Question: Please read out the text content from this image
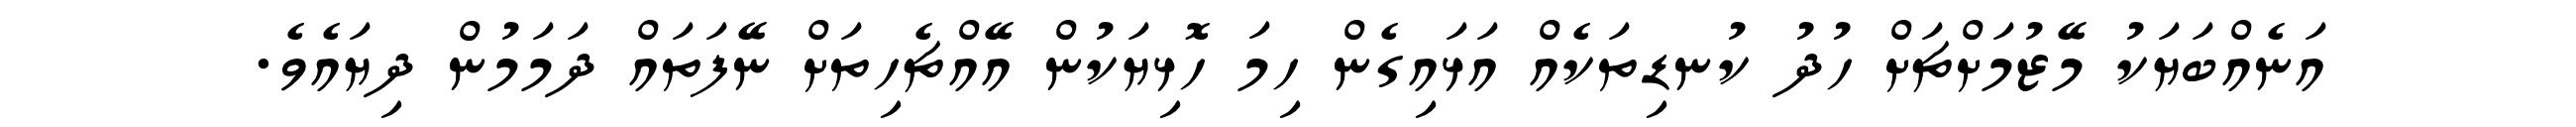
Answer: އަނެއްބަޔަކު މޭޒުމަށްޗަށް ހުދު ކުނޑިތަކެއް އަޅައިގެން ހިމަ ހޮޅިޔަކުން އޭއްޗެހިތަށް ނޭފަތައް ދަމަމުން ދިޔައެވެ.